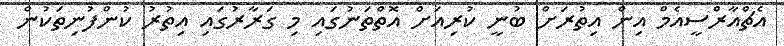
އެޗްއާރްސީއެމް އިން އިތުރަށް ބުނީ ކުރިއަށް އޮތްތަނުގައި މި ގަރާރުގައި އިތުރު ކުންފުނިތަކުން